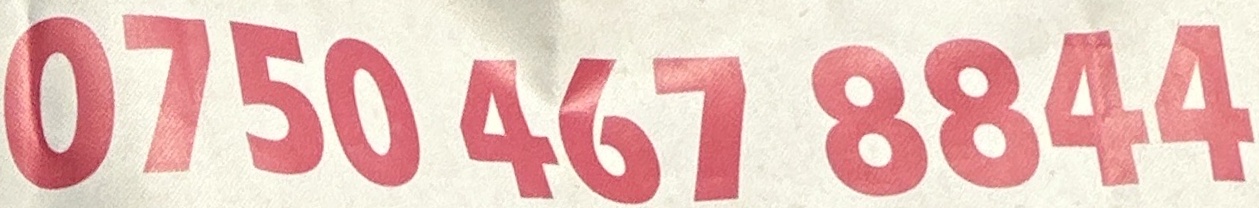
0750 467 8844